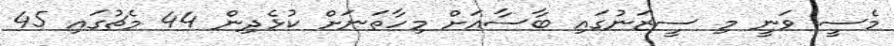
މެސީ ވަނީ މި ސީޒަނުގައި ބާސާއަށް މިހާތަނަށް ކުޅެދިން 44 މެޗުގައި 45